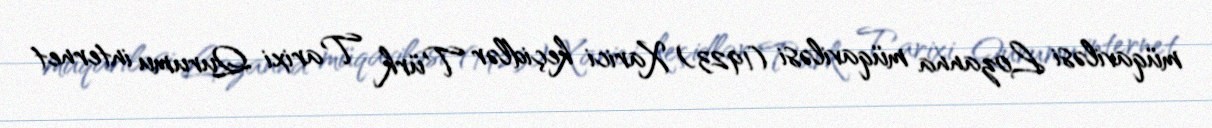
müqaviləsi Lozanna müqaviləsi (1923) Xarici keçidlər Türk Tarixi Qurumu internet